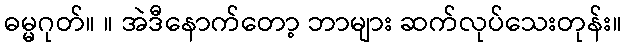
ဓမ္မဂုတ်။ ။ အဲဒီနောက်တော့ ဘာများ ဆက်လုပ်သေးတုန်း။